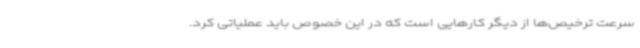
سرعت ترخیص‌ها از دیگر کارهایی است که در این خصوص باید عملیاتی کرد.